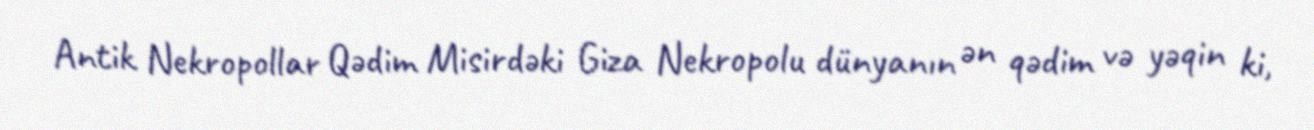
Antik Nekropollar Qədim Misirdəki Giza Nekropolu dünyanın ən qədim və yəqin ki,